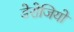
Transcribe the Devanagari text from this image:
डेरोजियो